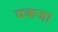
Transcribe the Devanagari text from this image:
यकजा